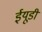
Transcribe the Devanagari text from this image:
ईयूडी